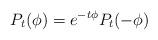
LaTeX: \begin{align*}P_t ( \phi ) = e^{ - t \phi } P_t ( - \phi ) \end{align*}